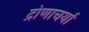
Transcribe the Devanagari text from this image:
द्रोणाचर्या